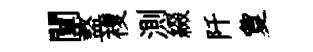
闡盩複測綴阡夐